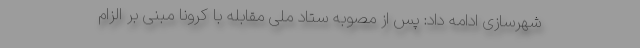
شهرسازی ادامه داد: پس از مصوبه ستاد ملی مقابله با کرونا مبنی بر الزام